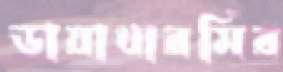
ডায়াথারমির